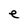
Character: e